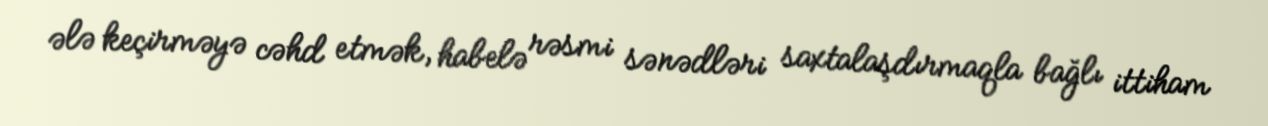
ələ keçirməyə cəhd etmək, habelə rəsmi sənədləri saxtalaşdırmaqla bağlı ittiham